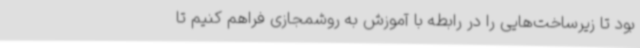
بود تا زیرساخت‌هایی را در رابطه با آموزش به روشمجازی فراهم کنیم تا